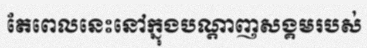
តែពេលនេះនៅក្នុងបណ្តាញសង្គមរបស់